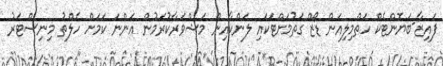
ފައިޒާ-ބަޔޮންޓެކް ހަތްމިލިއަން ޑޯޒް ގަތުމަށްޓަކައި ލަންކާއިން މަޝްވަރާކުރަމުން އަންނަ ކަމަށް ހެލްތު މިނިސްޓަރު